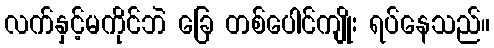
လက်နှင့်မကိုင်ဘဲ ခြေ တစ်ပေါင်ကျိုး ရပ်နေသည်။